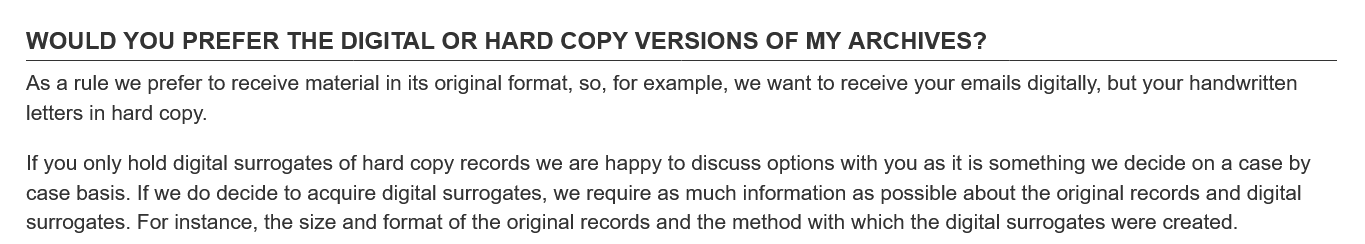
WOULD    YOU   PREFER THE  DIGITAL    OR  HARD   COPY   VERSIONS    OF  MY  ARCHIVES?
   As a rule we prefer to receive material in its original format, so, for example, we want to receive your emails digitally, but your handwritten
   letters in hard copy.
   If you only hold digital surrogates of hard copy records we are happy to discuss options with you as it is something we decide on a case by
   case basis. If we do decide to acquire digital surrogates, we require as much information as possible about the original records and digital
   surrogates. For instance, the size and format of the original records and the method with which the digital surrogates were created.